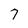
Character: 7